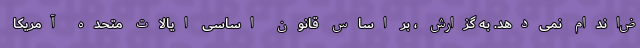
ض‌اندام نمی‌دهد. به گزارش ، بر اساس قانون اساسی ایالات متحده آمریکا